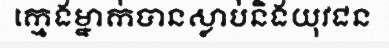
ក្មេងម្នាក់បានស្លាប់និងយុវជន